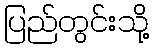
ပြည်တွင်းသို့